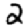
Digit: 2